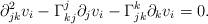
LaTeX: \begin{align*} \partial^2_{jk}v_i-\Gamma_{kj}^j\partial_jv_i-\Gamma_{jk}^k\partial_kv_i=0.\end{align*}